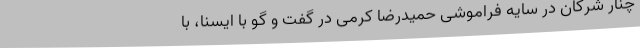
چنار شرکان در سایه‌ فراموشی حمیدرضا کرمی در گفت و گو با ایسنا، با